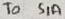
Text: TO S1A